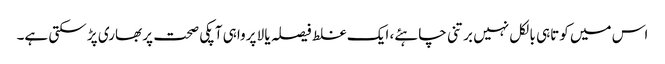
اس میں کوتاہی بالکل نہیں برتنی چاہئے، ایک غلط فیصلہ یا لا پرواہی آپکی صحت پر بھاری پڑ سکتی ہے۔